Report of the Indian Hemp Drugs Commission, 1894-1895 - Volume V
Year: 1894
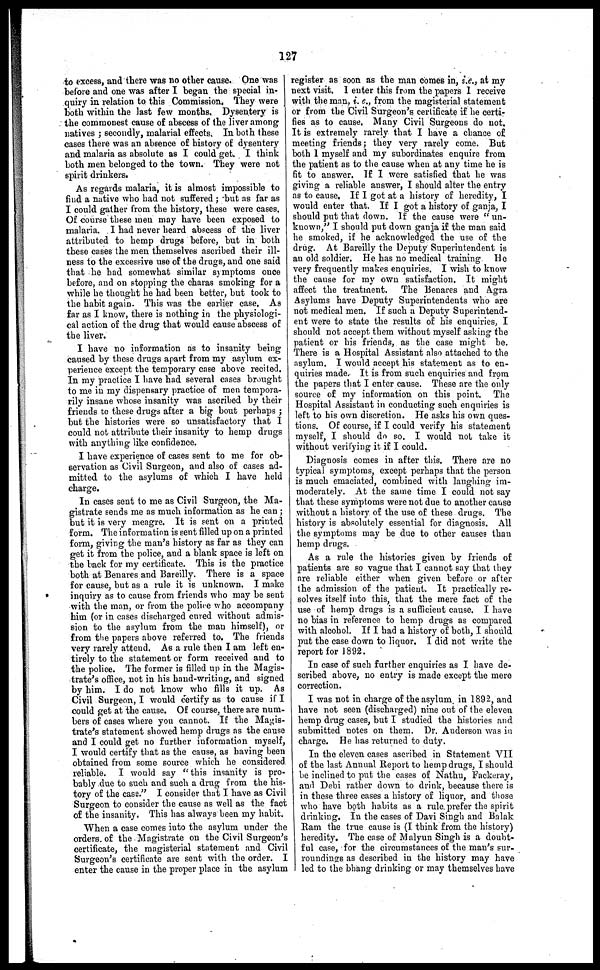
127
to excess, and there was no other cause. One was
before and one was after I began the special in-
quiry in relation to this Commission. They were
both within the last few months. Dysentery is
the commonest cause of abscess of the liver among
natives ; secondly, malarial effects. In both these
cases there was an absence of history of dysentery
and malaria as absolute as I could get. I think
both men belonged to the town. They were not
spirit drinkers.
As regards malaria, it is almost impossible to
find a native who had not suffered ; but as far as
I could gather from the history, these were cases.
Of course these men may have been exposed to
malaria. I had never heard abscess of the liver
attributed to hemp drugs before, but in both
these cases the men themselves ascribed their ill-
ness to the excessive use of the drugs, and one said
that he had somewhat similar symptoms once
before, and on stopping the charas smoking for a
while he thought he had been better, but took to
the habit again. This was the earlier case. As
far as I know, there is nothing in the physiologi-
cal action of the drug that would cause abscess of
the liver.
I have no information as to insanity being
caused by these drugs apart from my asylum ex-
perience except the temporary case above recited.
In my practice I have had several cases brought
to me in my dispensary practice of men tempora-
rily insane whose insanity was ascribed by their
friends to these drugs after a big bout perhaps ;
but the histories were so unsatisfactory that I
could not attribute their insanity to hemp drugs
with anything like confidence.
I have experience of cases sent to me for ob-
servation as Civil Surgeon, and also of cases ad-
mitted to the asylums of which I have held
charge.
In cases sent to me as Civil Surgeon, the Ma-
gistrate sends me as much information as he can ;
but it is very meagre. It is sent on a printed
form. The information is sent filled up on a printed
form, giving the man's history as far as they can
get it from the police, and a blank space is left on
the back for my certificate. This is the practice
both at Benares and Bareilly. There is a space
for cause, but as a rule it is unknown. I moke
inquiry as to cause from friends who may be sent
with the man, or from the police who accompany
him (or in cases discharged cured without admis-
sion to the asylum from the man himself), or
from the papers above referred to. The friends
very rarely attend. As a rule then I am left en-
tirely to the statement or form received and to
the police. The former is filled up in the Magis-
trate's office, not in his band-writing, and signed
by him. I do not know who fills it up. As
Civil Surgeon, I would certify as to cause if I
could get at the cause. Of course, there are num-
bers of cases where you cannot. If the Magis-
trate's statement showed hemp drugs as the cause
and I could get no further information myself,
I would certify that as the cause, as having been
obtained from some source which he considered
reliable. I would say " this insanity is pro-
bably due to such and such a drug from the his-
tory of the case." I consider that I have as Civil
Surgeon to consider the cause as well as the fact
of the insanity. This has always been my habit.
When a case comes into the asylum under the
orders of the Magistrate on the Civil Surgeon's
certificate, the magisterial statement and Civil
Surgeon's certificate are sent with the order. I
enter the cause in the proper place in the asylum
register as soon as the man comes in, i.e., at my
next visit. I enter this from the papers I receive
with the man, i. e., from the magisterial statement
or from the Civil Surgeon's certificate if he certi-
fies as to cause. Many Civil Surgeons do not.
It is extremely rarely that I have a chance of
meeting friends; they very rarely come. But
both I myself and my subordinates enquire from
the patient as to the cause when at any time he is
fit to answer. If I were satisfied that he was
giving a reliable answer, I should alter the entry
as to cause, If I got at a history of heredity, I
would enter that. If I got a history of ganja, I
should put that down. If the cause were " un-
known," I should put down ganja if the man said
he smoked, if he acknowledged the use of the
drug. At Bareilly the Deputy Superintendent is
an old soldier. He has no medical training He
very frequently makes enquiries. I wish to know
the cause for my own satisfaction. It might
affect the treatment. The Benares and Agra
Asylums have Deputy Superintendents who are
not medical men. If such a Deputy Superintend-
ent were to state the results of his enquiries, I
should not accept them without myself asking the
patient or his friends, as the case might be.
There is a Hospital Assistant also attached to the
asylum. I would accept his statement as to en-
quiries made. It is from such enquiries and from
the papers that I enter cause. These are the only
source of my information on this point. The
Hospital Assistant in conducting such enquiries is
left to his own discretion. He asks his own ques-
tions. Of course, if I could verify his statement
myself, I should do go. I would not take it
without verifying it if I could.
Diagnosis comes in after this. There are no
typical symptoms, except perhaps that the person
is much emaciated, combined with laughing im-
moderately. At the same time I could not say
that these symptoms were not due to another cause
without a history of the use of these drugs. The
history is absolutely essential for diagnosis. All
the symptoms may be due to other cause? than
hemp drugs.
As a rule the histories given by friends of
patients are so vague that I cannot say that they
are reliable either when given before or after
the admission of the patient. It practically re-
solves itself into this, that the mere fact of the
use of hemp drugs is a sufficient cause. I have
no bias in reference to hemp drugs as compared
with alcohol. If I had a history of both, I should
put the case down to liquor. I did not write the
report for 1892.
In case of such further enquiries as I have de-
scribed above, no entry is made except the mere
correction.
I was not in charge of the asylum in 1892, and
have not seen (discharged) nine out of the eleven
hemp drug cases, but I studied the histories and
submitted notes on them. Dr. Anderson was in
charge. He has returned to duty.
In the eleven cases ascribed in Statement VII
of the last Annual Report to hemp drugs, I should
be inclined to put the cases of Nathu, Fackeray,
and Debi rather down to drink, because there is
in these three cases a history of liquor, and those
who have both habits as a rule prefer the spirit
drinking. In the cases of Davi Singh and Balak
Ram the true cause is (I think from the history)
heredity. The case of Malyun Singh is a doubt-
ful case, for the circumstances of the man's sur-
roundings as described in the history may have
led to the bhang drinking or may themselves have